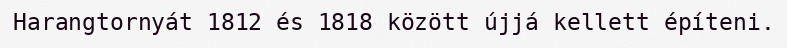
Harangtornyát 1812 és 1818 között újjá kellett építeni.